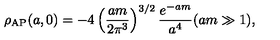
\rho _ { \mathrm { \tiny A P } } ( a , 0 ) = - 4 \left( { \frac { a m } { 2 \pi ^ { 3 } } } \right) ^ { 3 / 2 } { \frac { e ^ { - a m } } { a ^ { 4 } } } ( a m \gg 1 ) ,